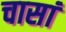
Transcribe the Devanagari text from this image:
चासां